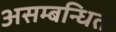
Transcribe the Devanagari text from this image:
असम्बन्धित